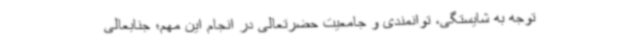
توجه به شایستگی، توانمندی و جامعیت حضرتعالی در انجام این مهم؛ جنابعالی